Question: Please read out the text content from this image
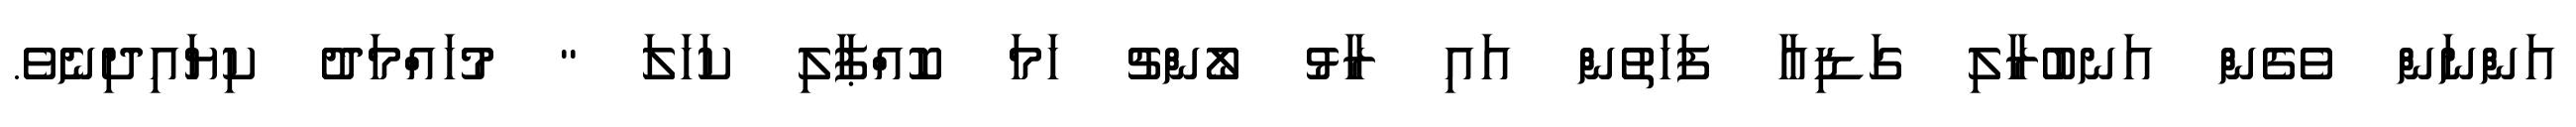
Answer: އަންނަން ވެގެން އަނބުރާލި ގަޑިއާ ފަހަތުން އައި ރާޅު ލޯންޗު ހަމަ ކޮއްޕާލި ކަހަލަ " މުހައްމަދު ކިޔައިދިނެވެ.